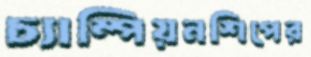
চ্যাম্পিয়নশিপের